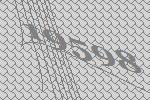
19598